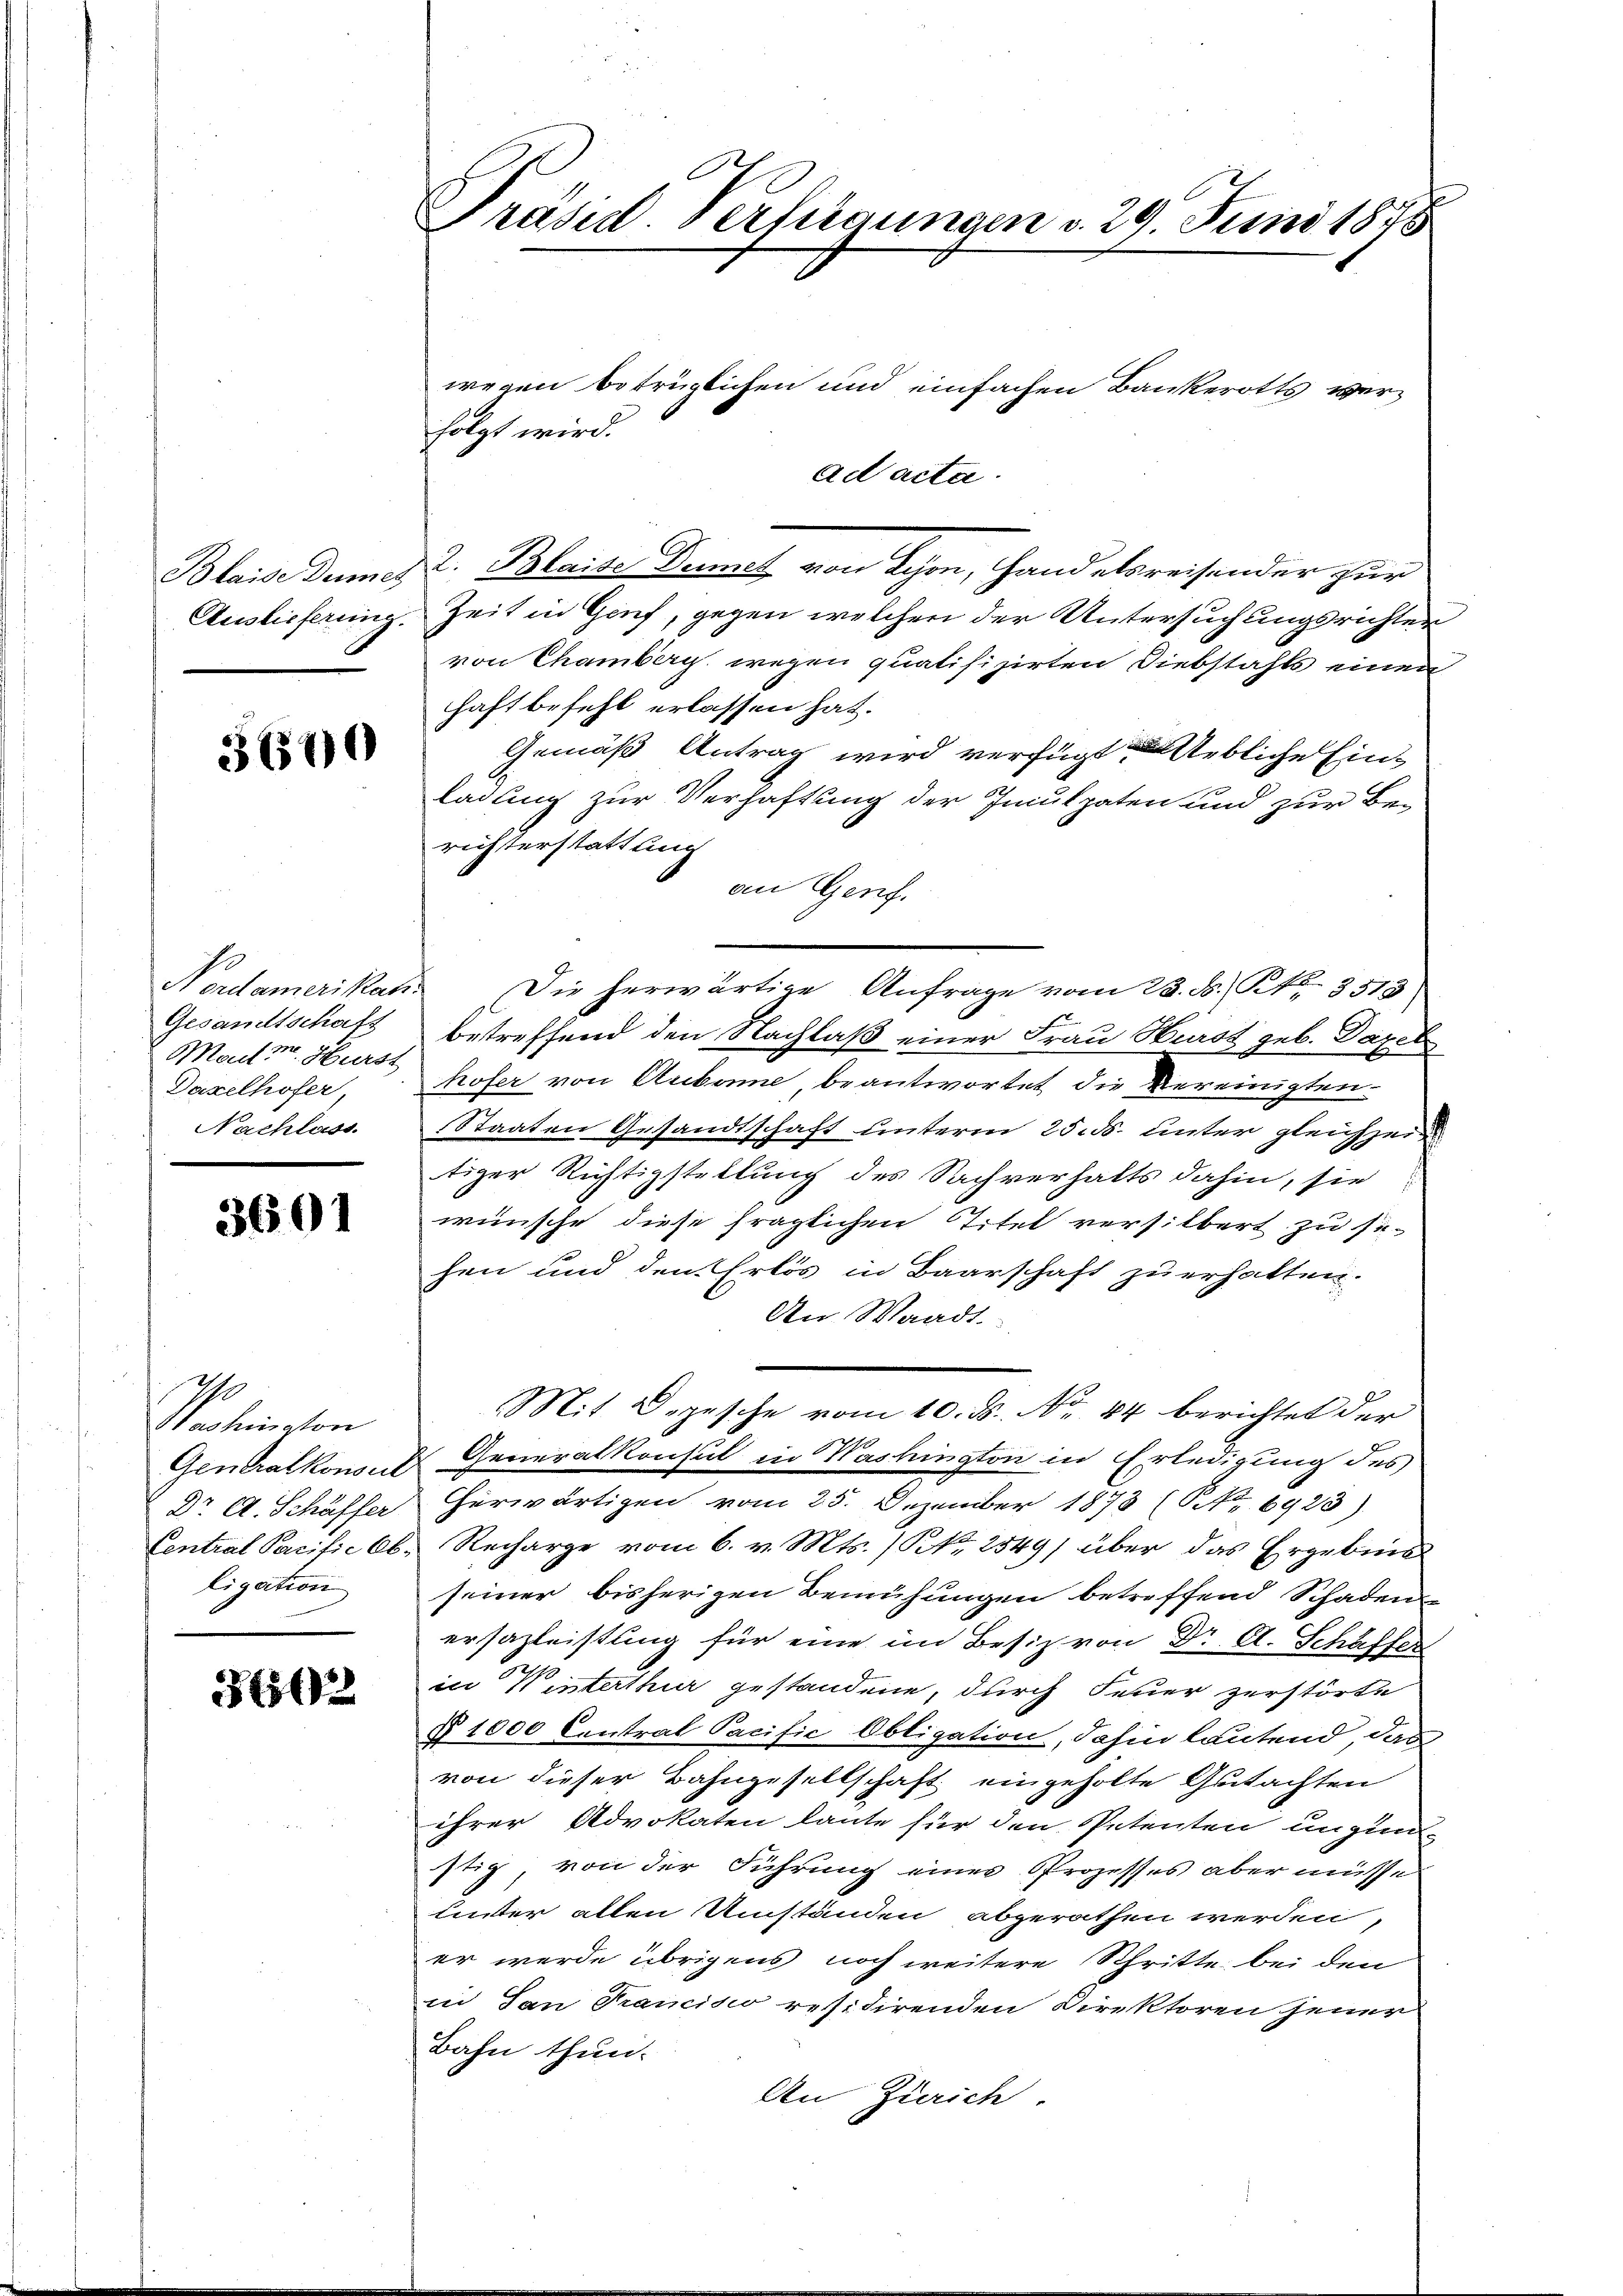
3600

Gesandtschaft
Mart v. Hürst
Daxelhofer,
Nachlass

3601

I
Washington
 Dr A. Schäffer
ligation

362

Prasen Verfügungen v. 29. Juni 1876

Blaise dem et 2. Blaise Deines von Schon, Hand als reisender zur
Auslieferung. Zeit in Genf, gegen welchen der Untersuchungsrichter
von Chamberg wegen quatifizirten Diebstahls einen
haft befehl erlassen hat.
Gemäß Antrag wird verfügt nebliche Einladung zur Verhaftung der Inculpaten und zur Berichterstattung
an Genf.
Nordamerikan. Die herwärtige Anfrage vom 23. d. P. Nr. 3513
betreffend den Nachlaß einer Frau Hurst geb. Dazel
hofer von Aubame, beantwortet die Vereinigten.
Staaten Gesandtschaft unterm 25. ds. unter gleichzei
tiger Richtigstellung des Sachverhalts dahin, sie
wünsche diese fraglichen Titel versilbert zu se-
hen und den Erlös in Baarschaft zu erhalten.
An Waadt.
Mit Depesche vom 10. ds. No. 44 berichtet der
Generalkonnt Generalkonsul in Washington in Erledigung des
erwärtigen vom 25. Dezember 1873 (Nr. 6923)
Central Pacific Cb. Recharge vom 6. v. Mts. (Kk. 2549) über das Ergebnis
seiner bisherigen Bemühungen betreffend Schaden
ersazleistung für eine im Besiz von Dr. A. Schäffer
in Winterthur gestandene, durch Feuer zerstörte
§ 1000 Central Pacific Obligation, dahin lautend, das
von dieser Bahngesellschaft eingeholte Gutachten
ihrer Advokaten laute für den Petenten ungün-
stig, von der Führung eines Prozesses aber müsse
unter allen Umständen abgerathen werden,
er werde übrigens noch weitere Schritte bei den
in San Francisio residirenden Direktoren jener
Bahn thun.
An Zürich.

folgt wird.

wegen betrüglichen und einfachen Bankerotts wer¬

ad acta.